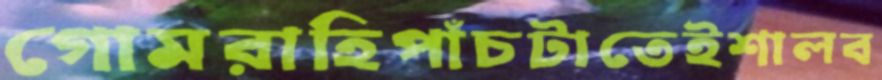
গোমরাহিপাঁচটাতেইশালব